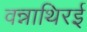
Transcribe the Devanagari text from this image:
वन्नाथिरई